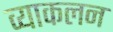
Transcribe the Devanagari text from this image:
व्याकलन